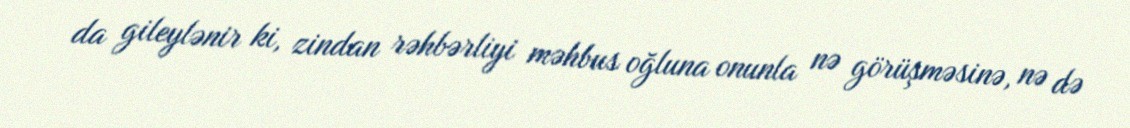
da gileylənir ki, zindan rəhbərliyi məhbus oğluna onunla nə görüşməsinə, nə də